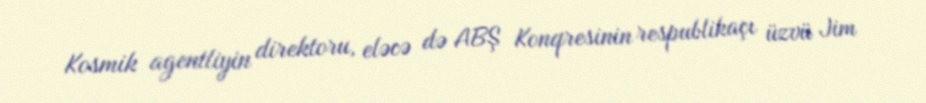
Kosmik agentliyin direktoru, eləcə də ABŞ Konqresinin respublikaçı üzvü Jim